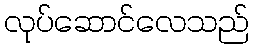
လုပ်ဆောင်လေသည်